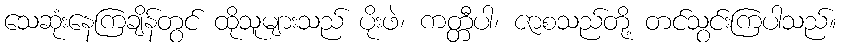
သေဆုံးနေကြချိန်တွင် ထိုသူများသည် ပိုးဖဲ၊ ကတ္တီပါ၊ ဇာစသည်တို့ တင်သွင်းကြပါသည်။